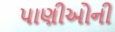
પાણીઓની